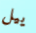
ييل